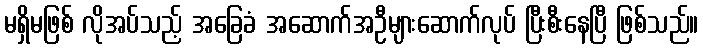
မရှိမဖြစ် လိုအပ်သည့် အခြေခံ အဆောက်အဦများဆောက်လုပ် ပြီးစီးနေပြီ ဖြစ်သည်။